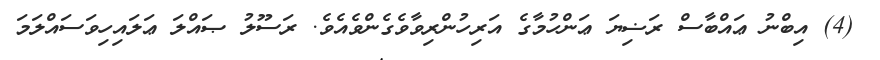
(4) އިބްނު ޢައްބާސް ރަޟިޔަ ޢަންހުމާގެ އަރިހުންރިވާވެގެންވެއެވެ. ރަސޫލު ޞައްލަ ޢަލައިހިވަސައްލަމަ